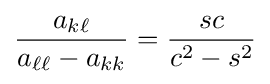
{\frac {a_{k\ell }}{a_{\ell \ell }-a_{kk}}}={\frac {sc}{c^{2}-s^{2}}}